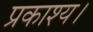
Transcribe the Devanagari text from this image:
प्रकाश्य।